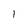
Character: 1